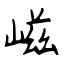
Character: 嵫